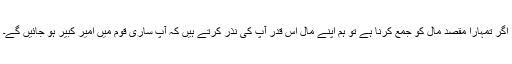
اگر تمہارا مقصد مال کو جمع کرنا ہے تو ہم اپنے مال اس قدر آپ کی نذر کرتے ہیں کہ آپ ساری قوم میں امیر کبیر ہو جائیں گے۔